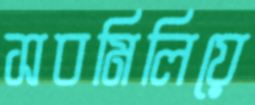
সবমিলিয়ে